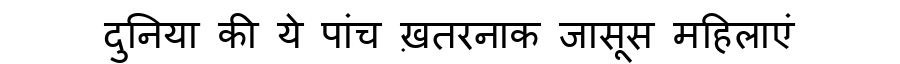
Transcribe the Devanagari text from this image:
दुनिया की ये पांच ख़तरनाक जासूस महिलाएं